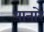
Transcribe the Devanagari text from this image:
पानारे